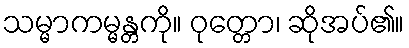
သမ္မာကမ္မန္တကို။ ဝုတ္တော၊ ဆိုအပ်၏။